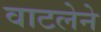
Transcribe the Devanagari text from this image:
वाटलेने